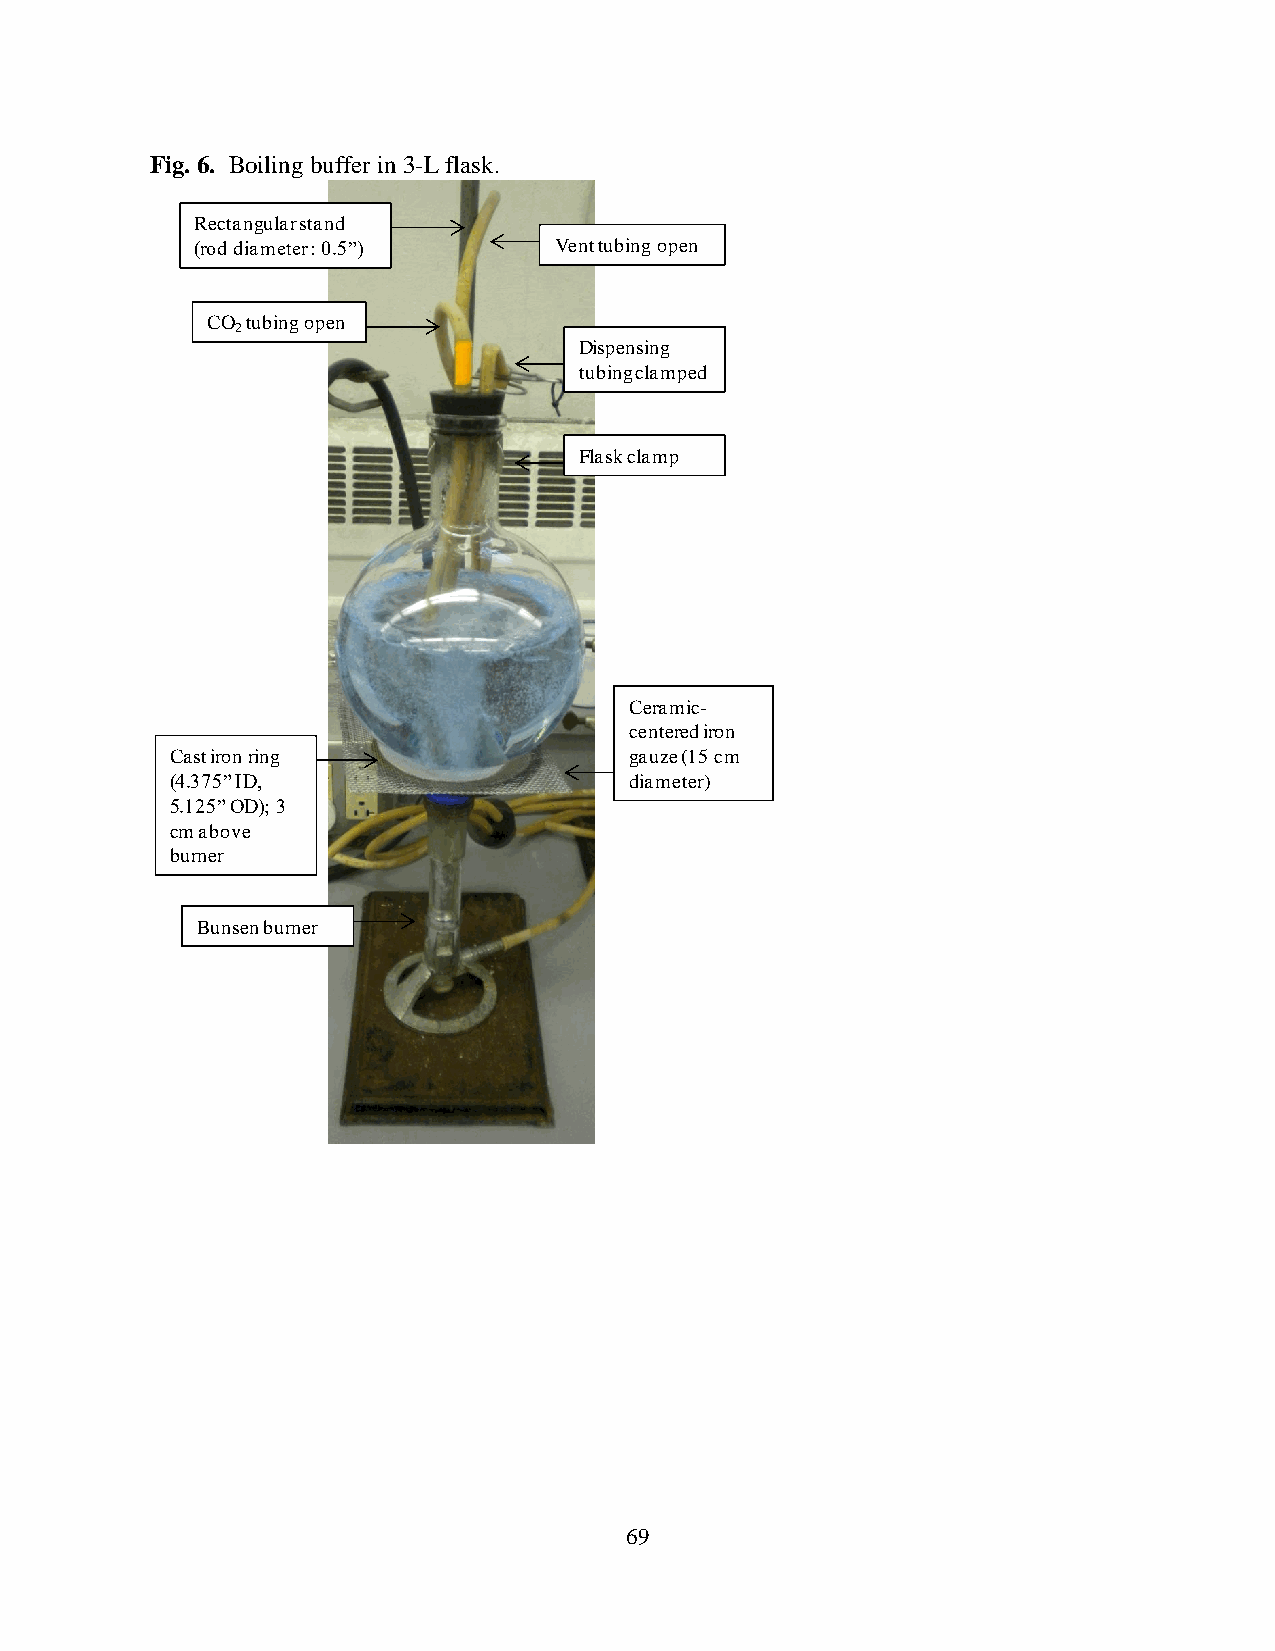
Fig. 6. Boiling buffer in 3-L flask.
 Rectangular stand
 (rod diameter : 0.5”)   Vent tubing open
 CO tubing open
 2
 Dispensing
 tubing clamped
 Flask clamp
 Ceramic-
 centered iron
 Cast iron ring                 gauze (15 cm
 (4.375” ID,                    diameter)
 5.125” OD); 3
 cm above
 burner
 Bunsen burner
 69